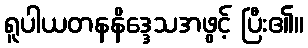
ရူပါယတနနိဒ္ဒေသအဖွင့် ပြီး၏။